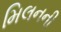
મિલનની